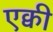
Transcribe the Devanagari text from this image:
एक्वी